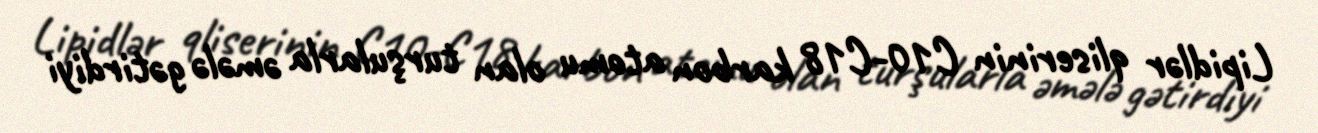
Lipidlər qliserinin C10-C18 karbon atomu olan turşularla əmələ gətirdiyi